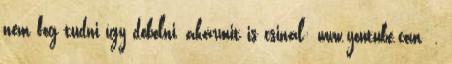
nem fog tudni így dobolni, akármit is csinál: www.youtube.com .